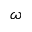
\omega